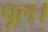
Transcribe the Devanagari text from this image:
पूल।